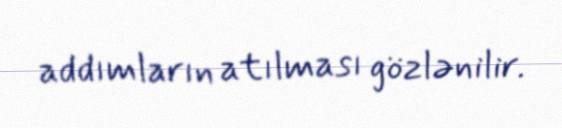
addımların atılması gözlənilir.